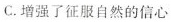
C.增强了征服自然的信心